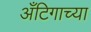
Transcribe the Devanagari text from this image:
अँटिगाच्या